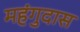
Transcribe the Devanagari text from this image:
महंगुदास